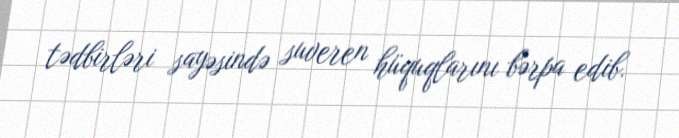
tədbirləri sayəsində suveren hüquqlarını bərpa edib.